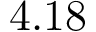
4 . 1 8